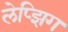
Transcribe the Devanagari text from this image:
लेप्झिग